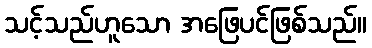
သင့်သည်ဟူသော အဖြေပင်ဖြစ်သည်။